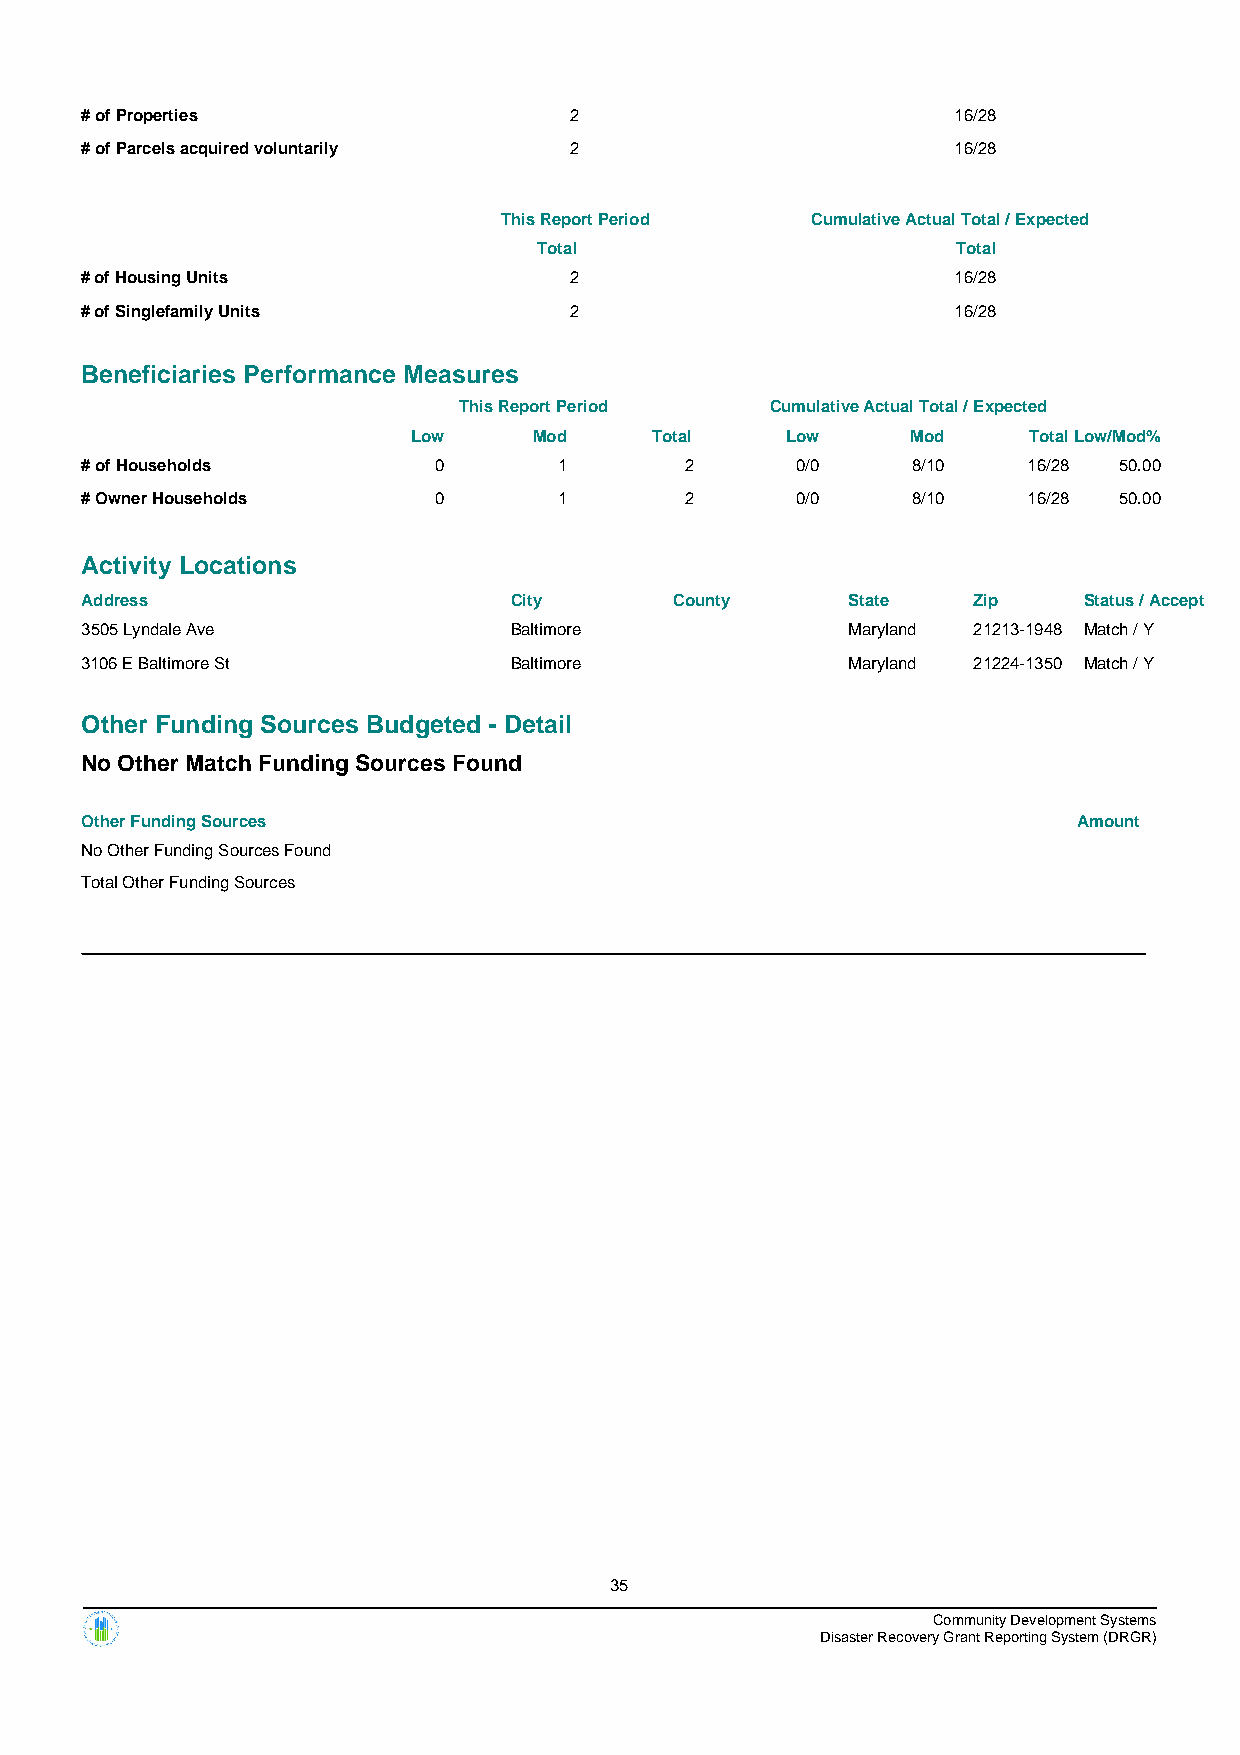
# of Properties                  2                        16/28
 # of Parcels acquired voluntarily 2                       16/28
 This Report Period   Cumulative Actual Total / Expected
 Total                      Total
 # of Housing Units               2                        16/28
 # of Singlefamily Units          2                        16/28
 Beneficiaries Performance Measures
 This Report Period   Cumulative Actual Total / Expected
 Low     Mod     Total    Low     Mod     TotalLow/Mod%
 # of Households         0       1       2       0/0    8/10    16/28 50.00
 # Owner Households      0       1       2       0/0    8/10    16/28 50.00
 Activity Locations
 Address                      City       County     State   Zip     Status / Accept
 3505 Lyndale Ave             Baltimore             Maryland 21213-1948 Match / Y
 3106 E Baltimore St          Baltimore             Maryland 21224-1350 Match / Y
 Other Funding Sources Budgeted - Detail
 No Other Match Funding Sources Found
 Other Funding Sources                                             Amount
 No Other Funding Sources Found
 Total Other Funding Sources
 35
 Community Development Systems
 Disaster Recovery Grant Reporting System (DRGR)